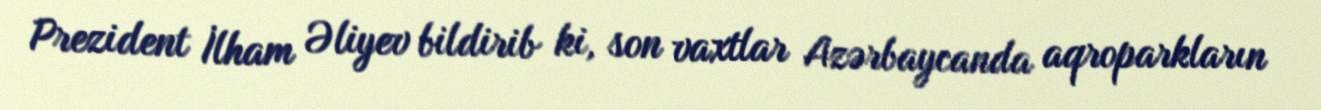
Prezident İlham Əliyev bildirib ki, son vaxtlar Azərbaycanda aqroparkların